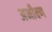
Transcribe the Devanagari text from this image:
अभीक्ष्ण